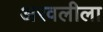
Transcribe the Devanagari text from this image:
अरवलीला